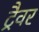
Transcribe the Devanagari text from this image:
ट्रैवर